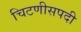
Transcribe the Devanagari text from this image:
चिटणीसपदी